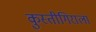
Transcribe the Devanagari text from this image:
कुस्तीगिराला